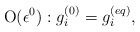
\begin{align*}{\rm O}(\epsilon ^0): g_i^{(0)}=g_i^{(eq)},\end{align*}